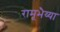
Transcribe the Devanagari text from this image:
रामूभैय्या